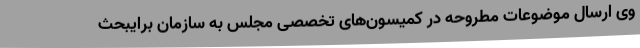
وی ارسال موضوعات مطروحه در کمیسون‌های تخصصی مجلس به سازمان برایبحث